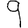
Digit: 9